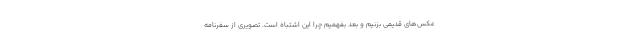
عکس‌های قدیمی بزنیم و بعد بفهمیم چرا این اشتباه است. تصویری از سفرنامه